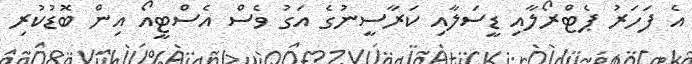
އެ ފަހަރު ޕެޓްރޯލާއި ޑީސަލާއި ކަރާސީނުގެ އަގު ވެސް އެސްޓީއޯ އިން ބޮޑުކުރި